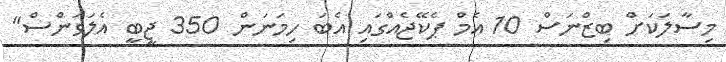
މިސާލަކަށް ބިޒްނަސް 10 އެމް ޕެކޭޖެއްގައި އެބަ ހިމަނަން 350 ޖީބީ އެލަވަންސް"